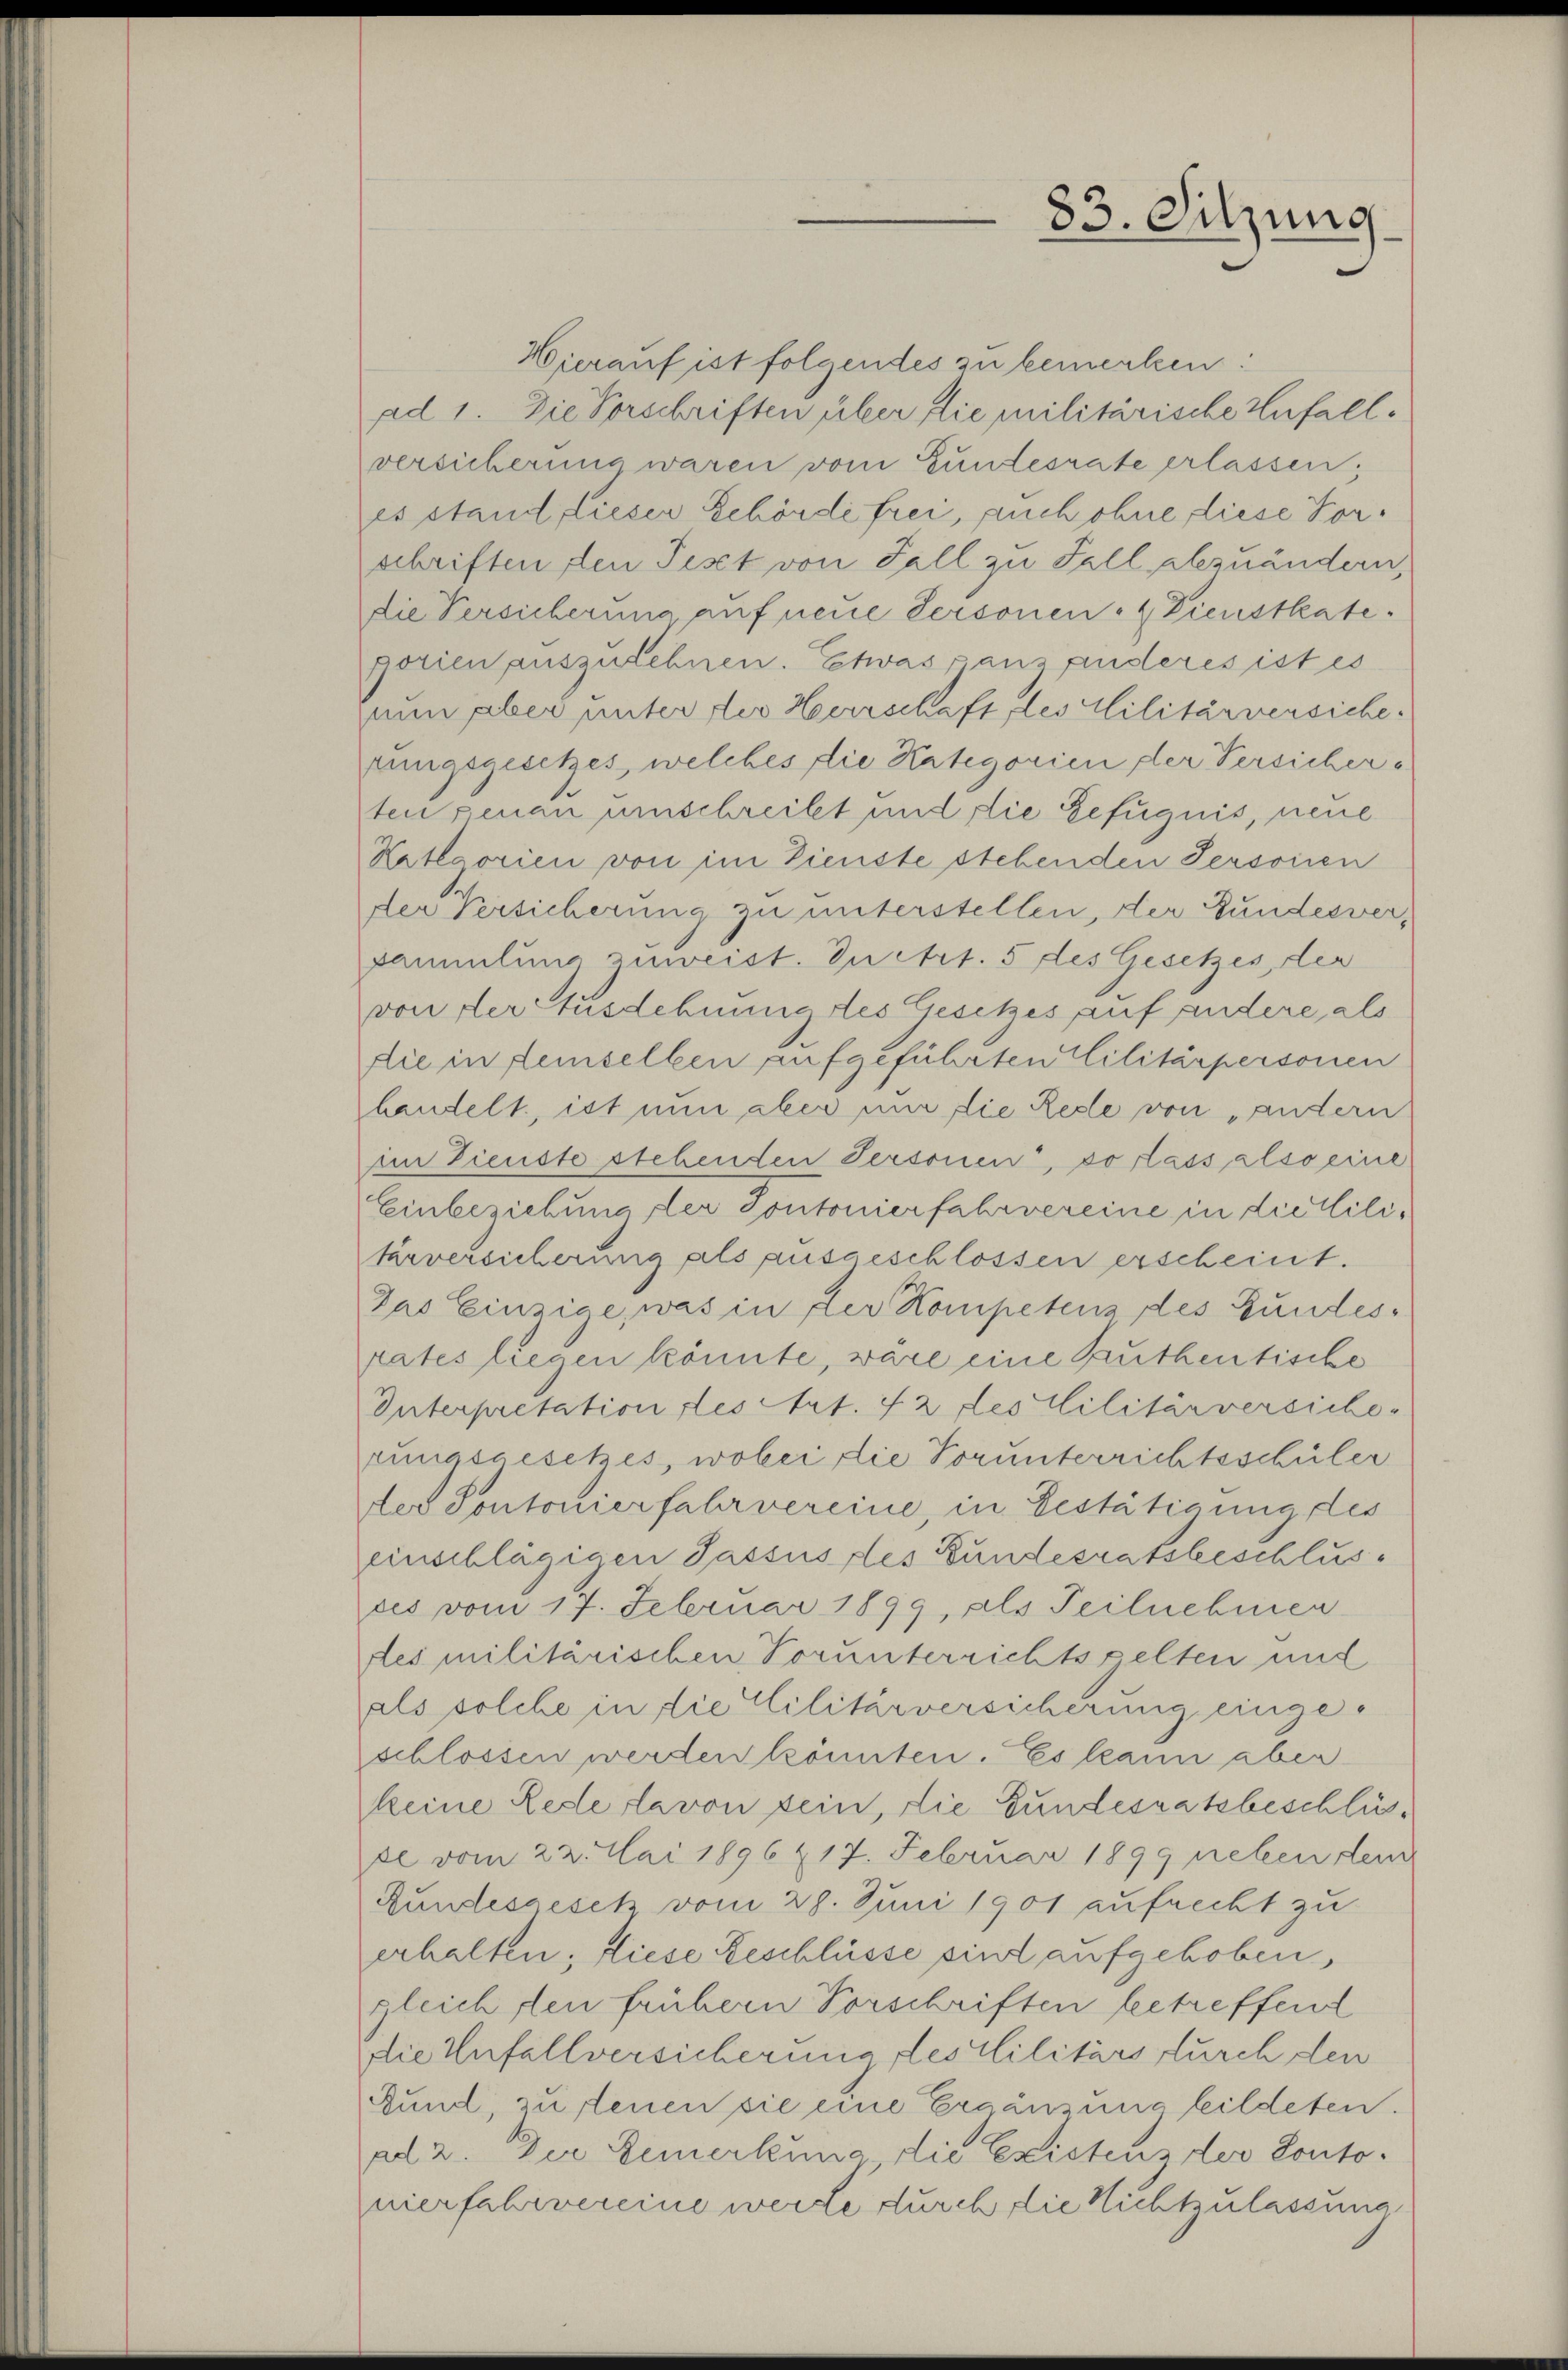
Hierauf ist folgendes zu bemerken:
ad 1. Die Vorschriften über die militärische Unfallversicherung waren vom Gundesrate erlassen,
es stand dieser Schörde frei, auch ohne diese Forschriften den Pest von Fall zu Fall abzuändern,
die Versicherung auf neue Personen 4 Dienstkate.
porien auszulehnen. Etwas ganz anderes ist es
nun aber unter der Herrschaft, des Militärversiche.
rungsgesetzes, welches die Kategorien der Versichers
ten genan umschreibt und die Befugnis, neue
Katlaorien von im Dienste stehenden Personen
der Versicherung zu unterstellen, der Gundesver-
sammlung zuweist. In Art. 5 des Gesetzes, der
von der Ausdehnung des Gesetzes auf andere, als
die in demselben aufgeführten Cilitärpersonen
bandelt, ist nun aber nur die Rede von andern
im Dienste stehenten Personen, vorlass also eine
Einbeziehung der Sontonierfahrvereine in die Militärversicherung als ausgeschlossen erscheint.
Das Einzige, was in der Kompetens des Gundes-
rates liegen könnte, wäre eine Ruthentische
Interpretation des Art. 72 des Militärversiche
rungsgesetzes, wobei die Vorunterrichtsschüler
der Sontonierfahrvereine, in Bestätigung des
einschlägigen Jassus des Bundesratsbeschlusses vom 17. Februar 1899, als Teilnehmen
res militärischen Vorunterrichtsgelten und
als solche in die Militärversicherung eingeschlossen werden könnten. Es kann aber
keine Rede davon sein, die Gundesratsbeschlüsde vom 22. Mai 1896 217. Februar 1899 neben dem
Rundesgesetz vom 28. Juni 1901 aufrecht zu
erhalten; diese Geschlüsse sind aufgehoben,
gleichsten frühern Vorschriften betreffend
die Unfallversicherung des Militärs durch den
Bund, zu tenen sie eine Ergänzung bildeten.
ad 2. Der Gemerkung die Existens der Contonierfahrvereine werde durch die Nichtzulassung

83. Sitzung